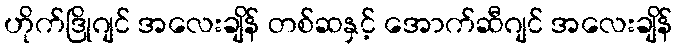
ဟိုက်ဒြိုဂျင် အလေးချိန် တစ်ဆနှင့် အောက်ဆီဂျင် အလေးချိန်